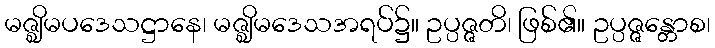
မဇ္ဈိမပဒေသဋ္ဌာနေ၊ မဇ္ဈိမဒေသအရပ်၌။ ဥပ္ပဇ္ဇတိ၊ ဖြစ်၏။ ဥပ္ပဇ္ဇန္တောစ၊